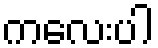
ကလေးပါ